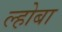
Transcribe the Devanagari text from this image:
ल्होबा